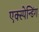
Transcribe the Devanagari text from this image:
एक्स्पेन्डिंग